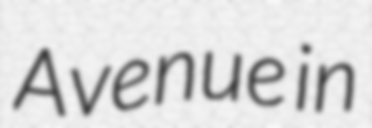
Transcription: Avenue in